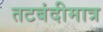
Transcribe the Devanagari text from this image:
तटबंदीमात्र